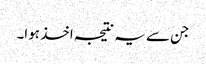
جن سے یہ نتیجہ اخذ ہوا۔